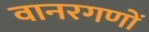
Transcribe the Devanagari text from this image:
वानरगणों